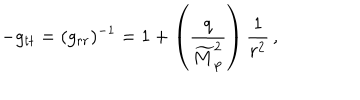
LaTeX: - g _ { t t } = ( g _ { r r } ) ^ { - 1 } = 1 + \left( { \frac { q } { \widetilde { M } _ { \mathrm { p } } ^ { 2 } } } \right) { \frac { 1 } { r ^ { 2 } } } \, ,